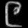
Digit: ၉